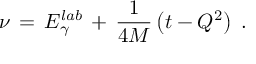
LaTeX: \nu \, = \, E _ { \gamma } ^ { l a b } \, + \, { \frac { 1 } { 4 M } } \left( t - Q ^ { 2 } \right) \; .